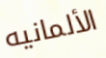
الألمانيه